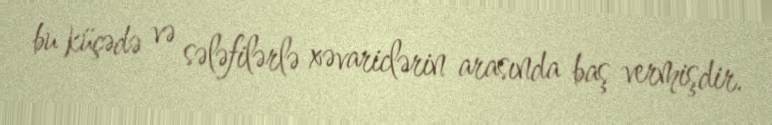
bu küçədə və sələfilərlə xəvariclərin arasında baş vermişdir.